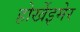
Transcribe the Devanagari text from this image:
होर्खेइमेर